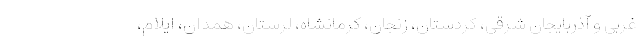
غربی و آذربایجان شرقی، کردستان، زنجان، کرمانشاه، لرستان، همدان، ایلام،